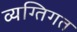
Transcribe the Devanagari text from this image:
व्यग्तिगत